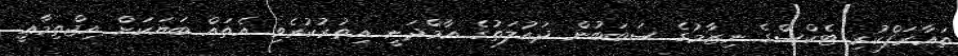
ތަޢާރަފްކުރި ޓެކްސްގެ ނިޒާމުގެ ސަބަބުން ދައުލަތުގެ އާމްދަނީ އިތުރުކުރެވި އެތައް ބަޔަކަށް އިޖްތިމާޢީ